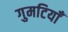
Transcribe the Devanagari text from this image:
गुमटियाँ